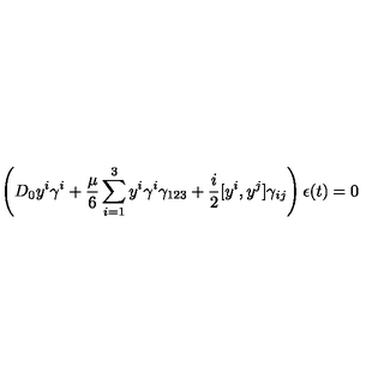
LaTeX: \left( D _ { 0 } y ^ { i } \gamma ^ { i } + { \frac { \mu } { 6 } } \sum _ { i = 1 } ^ { 3 } y ^ { i } \gamma ^ { i } \gamma _ { 1 2 3 } + { \frac { i } { 2 } } [ y ^ { i } , y ^ { j } ] \gamma _ { i j } \right) \epsilon ( t ) = 0